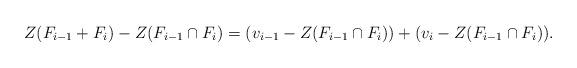
LaTeX: \begin{align*}Z(F_{i-1} + F_i) - Z(F_{i-1} \cap F_i) = (v_{i-1} - Z(F_{i-1} \cap F_i)) + (v_i - Z(F_{i-1} \cap F_i)). \end{align*}